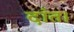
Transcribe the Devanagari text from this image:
दांत।